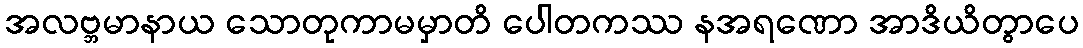
အလဗ္ဘမာနာယ သောတုကာမမှာတိ ပေါတကဿ နအရဏော အာဒိယိတွာပေ